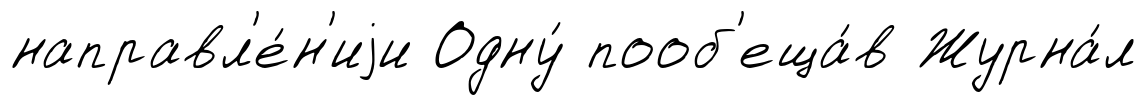
направл'е́н'иjи Одну́ пооб'еща́в Журна́л